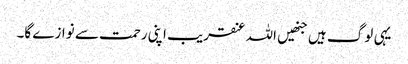
یہی لوگ ہیں جنھیں اللہ عنقریب اپنی رحمت سے نوازے گا۔